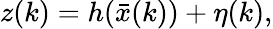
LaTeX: z(k)=h(\bar{x}(k))+\eta(k),